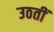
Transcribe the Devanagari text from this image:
उठतीं